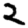
Digit: 2